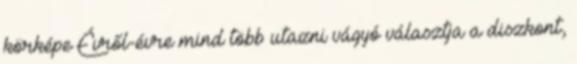
körképe Évről-évre mind több utazni vágyó választja a diszkont,